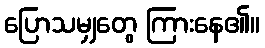
ပြောသမျှတွေ ကြားနေ၏။